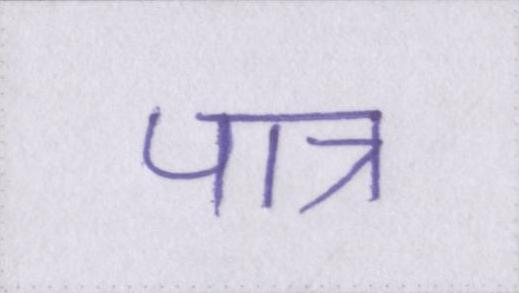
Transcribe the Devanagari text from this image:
पात्र